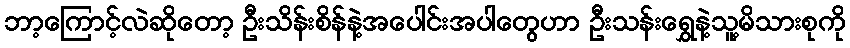
ဘာ့ကြောင့်လဲဆိုတော့ ဦးသိန်းစိန်နဲ့အပေါင်းအပါတွေဟာ ဦးသန်းရွှေနဲ့သူ့မိသားစုကို